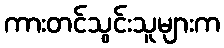
ကားတင်သွင်းသူများက